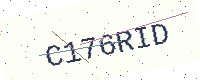
Text: C176RID